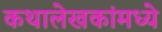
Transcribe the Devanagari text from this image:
कथालेखकांमध्ये